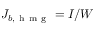
J _ { b , \mathrm { ~ h ~ m ~ g ~ } } = I / W